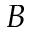
B